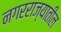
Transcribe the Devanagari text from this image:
नगरराज्यातील